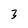
Character: 3